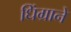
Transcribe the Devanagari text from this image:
धिंग्राने